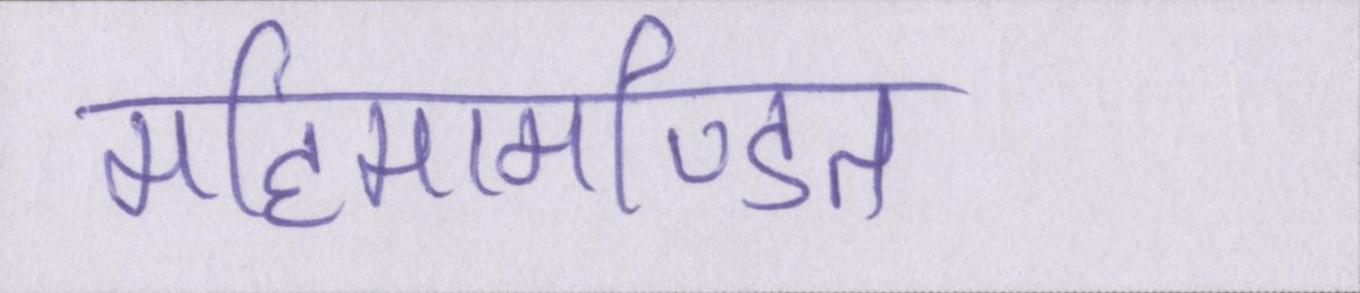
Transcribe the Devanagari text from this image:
महिमामण्डित